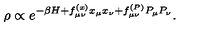
\rho \propto e ^ { - \beta H + f _ { \mu \nu } ^ { ( x ) } x _ { \mu } x _ { \nu } + f _ { \mu \nu } ^ { ( P ) } P _ { \mu } P _ { \nu } } .